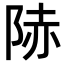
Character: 𨹮